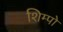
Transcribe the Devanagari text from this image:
शिम्पो